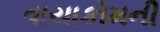
વાયાકોમની